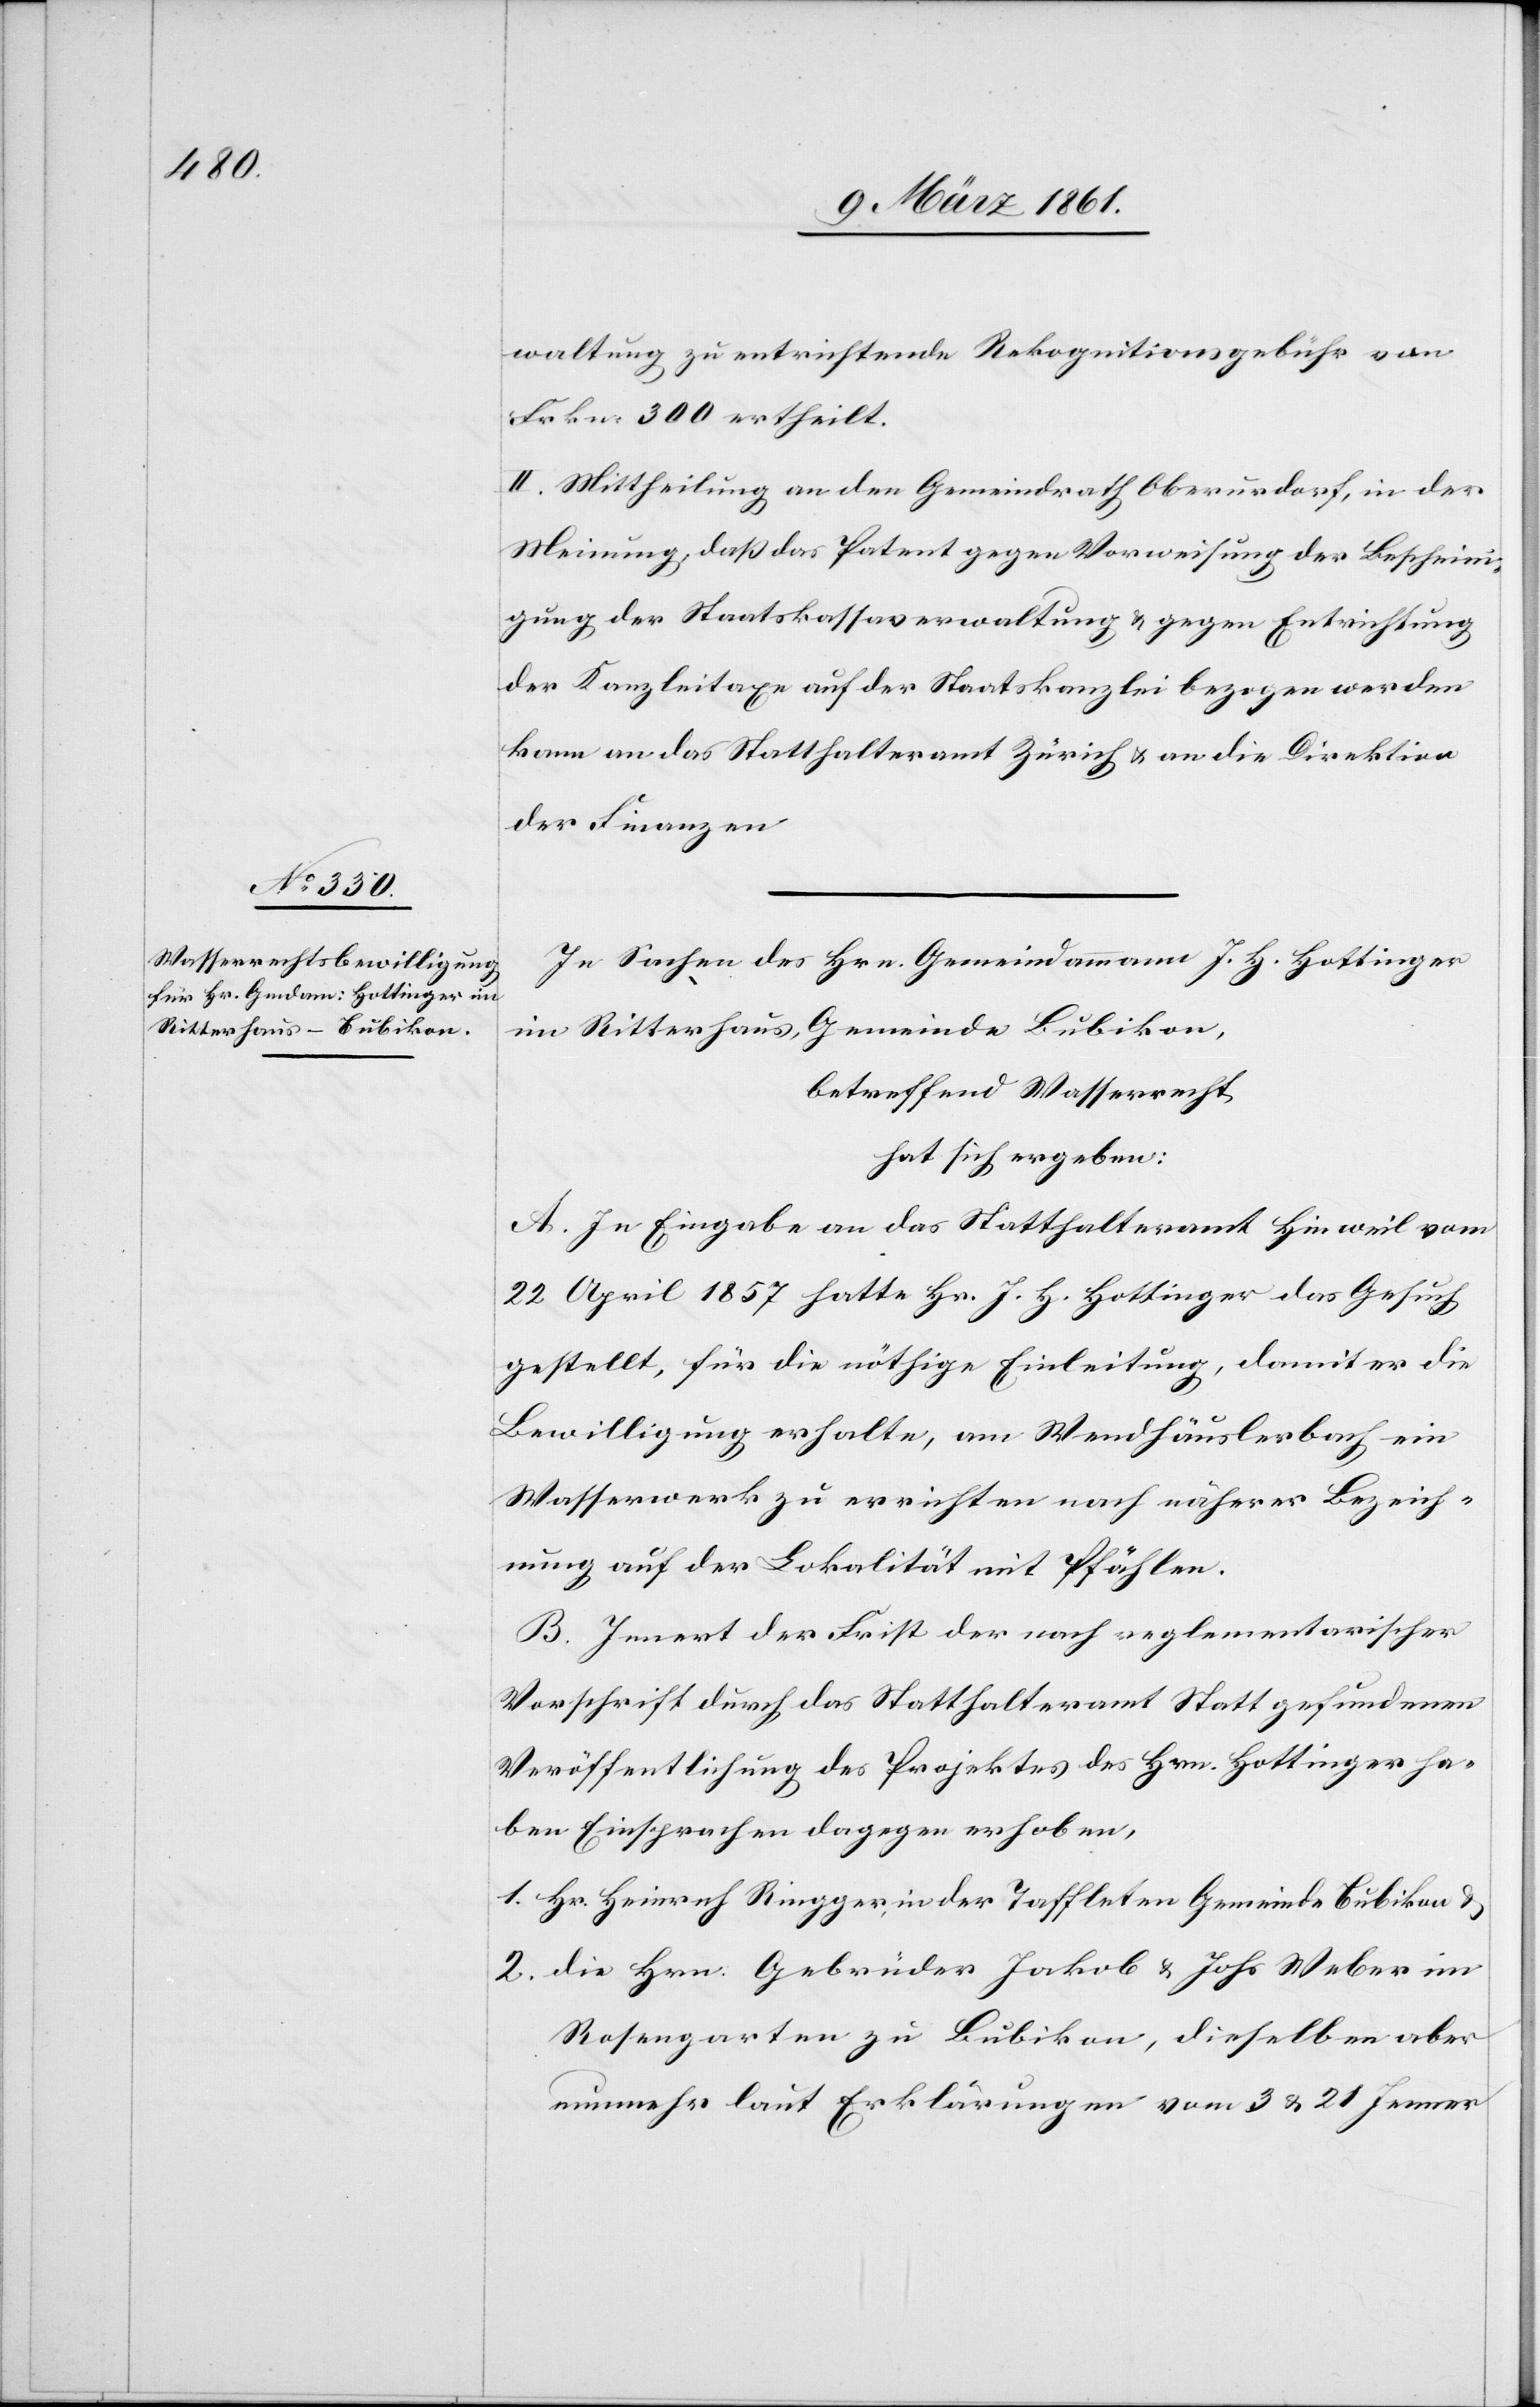
waltung zu entrichtende Rekognitionsgebühr von
Frkn. 300 ertheilt.
II. Mittheilung an den Gemeindrath Oberurdorf, in der
Meinung, dass das Patent gegen Vorweisung der Bescheini¬
gung der Staatskassaverwaltung u. gegen Entrichtung
der Kanzleitaxe auf der Staatskanzlei bezogen werden
kann an das Statthalteramt Zürich u. an die Direktion
der Finanzen.
In Sachen des Hrn. Gemeindammann J. H. Hottinger
im Ritterhaus, Gemeinde Bubikon,
betreffend Wasserrecht,
hat sich ergeben:
A. In Eingabe an das Statthalteramt Hinweil vom
22. April 1857 hatte Hr. J. H. Hottinger das Gesuch
gestellt, für die nöthige Einleitung, damit er die
Bewilligung erhalte, am Wendhäuslerbach ein
Wasserwerk zu errichten nach näherer Bezeich¬
nung auf der Lokalität mit Pfählen.
B. Innert der Frist der nach reglementarischer
Vorschrift durch das Statthalteramt Statt gefundenen
Veröffentlichung des Projektes des Hrn. Hottinger ha¬
ben Einsprachen dagegen erhoben,
1. Hr. Heinrich Ringger, in der Taffleten Gemeine Bubikon u.
2. die Hrn. Gebrüder Jakob u. Johs. Weber im
Rosengarten zu Bubikon, dieselben aber
nunmehr laut Erklärungen vom 2 u. 21. Jenner